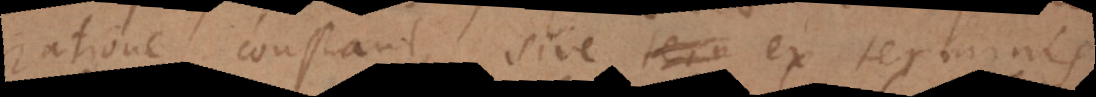
ratione constant sive ex terminis